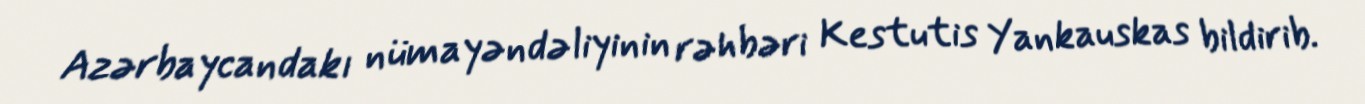
Azərbaycandakı nümayəndəliyinin rəhbəri Kestutis Yankauskas bildirib.